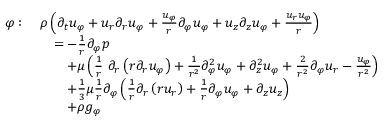
{ \begin{array} { r l } { \varphi : \ } & { \rho \left( { \partial _ { t } u _ { \varphi } } + u _ { r } { \partial _ { r } u _ { \varphi } } + { \frac { u _ { \varphi } } { r } } { \partial _ { \varphi } u _ { \varphi } } + u _ { z } { \partial _ { z } u _ { \varphi } } + { \frac { u _ { r } u _ { \varphi } } { r } } \right) } \\ & { \quad = - { \frac { 1 } { r } } { \partial _ { \varphi } p } } \\ & { \qquad + \mu \left( { \frac { 1 } { r } } \ \partial _ { r } \left( r { \partial _ { r } u _ { \varphi } } \right) + { \frac { 1 } { r ^ { 2 } } } { \partial _ { \varphi } ^ { 2 } u _ { \varphi } } + { \partial _ { z } ^ { 2 } u _ { \varphi } } + { \frac { 2 } { r ^ { 2 } } } { \partial _ { \varphi } u _ { r } } - { \frac { u _ { \varphi } } { r ^ { 2 } } } \right) } \\ & { \qquad + { \frac { 1 } { 3 } } \mu { \frac { 1 } { r } } \partial _ { \varphi } \left( { \frac { 1 } { r } } { \partial _ { r } \left( r u _ { r } \right) } + { \frac { 1 } { r } } { \partial _ { \varphi } u _ { \varphi } } + { \partial _ { z } u _ { z } } \right) } \\ & { \qquad + \rho g _ { \varphi } } \end{array} }